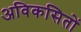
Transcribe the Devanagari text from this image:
अविकसितों